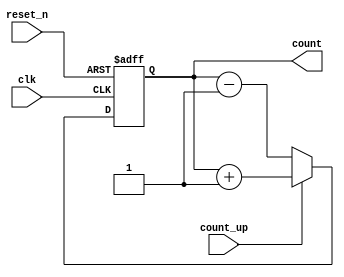
module chained_parallel_counter (
    input wire clk,          // Clock signal
    input wire reset_n,      // Active low reset signal
    input wire count_up,     // Count up control signal
    output reg [3:0] count   // 4-bit output count
);

    // Synchronous reset and counting logic
    always @(posedge clk or negedge reset_n) begin
        if (!reset_n) begin
            count <= 4'b0000; // Asynchronous reset to 0
        end
        else begin
            if (count_up) begin
                count <= count + 1; // Increment count for up counting
            end else begin
                count <= count - 1; // Decrement count for down counting
            end
        end
    end

endmodule